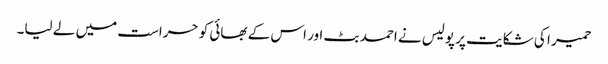
حمیر ا کی شکایت پر پولیس نے احمد بٹ اور اس کے بھائی کو حراست میں لے لیا۔